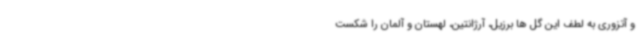
و آتزوری به لطف این گل ها برزیل، آرژانتین، لهستان و آلمان را شکست